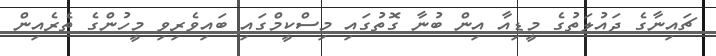
ޗައިނާގެ ދައުލަތުގެ މީޑިއާ އިން ބުނާ ގޮތުގައި މިސްކީމްގައި ބައިވެރިވި މީހުންގެ ތެރެއިން